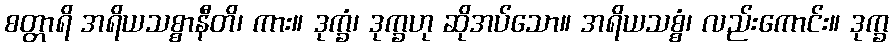
စတ္တာရိ အရိယသစ္စာနီတိ၊ ကား။ ဒုက္ခံ၊ ဒုက္ခဟု ဆိုအပ်သော။ အရိယသစ္စံ၊ လည်းကောင်း။ ဒုက္ခ